Lunatic asylums in Bengal annual reports 1899-1911 - 1899-1911
Year: 1899
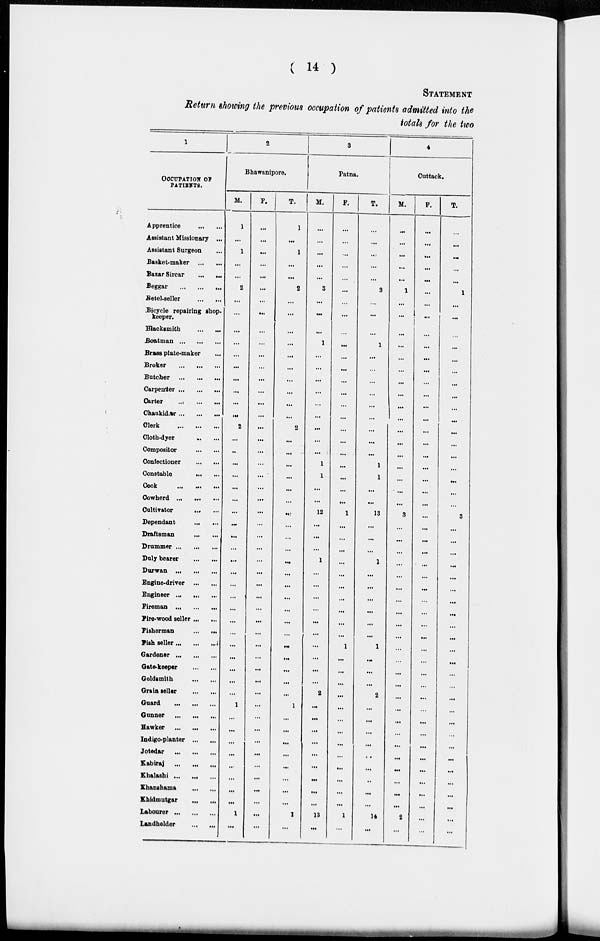
( 14 )
STATEMENT
Return showing the previous occupation of patients admitted into the
totals for the two
1
OCCUPATION OF
PATIENTS.
Apprentice ... ...
Assistant Missionary ...
Assistant Surgeon ...
Basket-maker ... ...
Basar Sircar ... ...
Beggar
...
...
...
Betel-seller
...
...
Bicycle repairing shop.
keeper.
Blacksmith ... ...
Boatman
...
...
Brass plate-maker ...
Broker ... ... ...
Batcher
...
...
...
Carpenter ...
...
...
Carter
...
...
...
Chaukidar ... ... ...
Clerk
...
...
...
Cloth-dyer
...
...
Compositor
...
...
Confectioner
...
...
Constable
...
...
Cook
...
...
...
Cowherd ... ... ...
Cultivator ... ...
Dependant
...
...
Draftsman
...
...
Drummer ... ... ...
Duly bearer ... ...
Durwan
...
...
Engine-driver ... ...
Engineer ... ...
Fireman ...
...
...
Fire-wood seller ... ...
Fisherman
...
...
Fish seller ... ... ...
Gardener ... ... ...
Gate-keeper
...
...
Goldsmith
...
...
Grain seller
...
...
Guard
...
...
...
Gunner ... ... ...
Hawker
...
...
...
Indigo-planter ... ... ...
Jotedar
...
...
...
Kabiraj
...
...
...
Khalashi ... ... ...
Khanshama ... ...
Khidmutgar ... ...
Labourer ... ... ...
Landholder
... ...
2
Bhawanipore.
M.
1
...
1
...
...
2
...
...
...
...
...
...
...
...
...
...
2
...
...
...
...
...
...
...
...
...
...
...
...
...
...
...
...
...
...
...
...
...
...
1
...
...
...
...
...
...
...
...
1
...
F.
...
...
...
...
...
...
...
...
...
...
...
...
...
...
...
...
...
...
...
...
...
...
...
...
...
...
...
...
...
...
...
...
...
...
...
...
...
...
...
...
...
...
...
...
...
...
...
...
...
...
T.
1
...
1
...
...
2
...
...
...
...
...
...
...
...
...
...
2
...
...
...
...
...
...
...
...
...
...
...
...
...
...
...
...
...
...
...
...
...
...
1
...
...
...
...
...
...
...
...
1
...
3
Patna.
M.
...
...
...
...
...
3
...
...
...
1
...
...
...
...
...
...
...
...
...
1
1
...
...
12
...
...
...
1
...
...
...
...
...
...
...
...
...
...
2
...
...
...
...
...
...
...
...
...
13
...
F.
...
...
...
...
...
...
...
...
...
...
...
...
...
...
...
...
...
...
...
...
...
...
...
1
...
...
...
...
...
...
...
...
...
...
1
...
...
...
...
...
...
...
...
...
...
...
...
...
1
...
T.
...
...
...
...
...
3
...
...
...
1
...
...
...
...
...
...
...
...
...
1
1
...
...
13
...
...
...
1
...
...
...
...
...
...
1
...
...
...
2
...
...
...
...
...
...
...
...
...
14
...
4
Cuttack.
M.
...
...
...
...
...
1
...
...
...
...
...
...
...
...
...
...
...
...
...
...
...
...
...
3
...
...
...
...
...
...
...
...
...
...
...
...
...
...
...
...
...
...
...
...
...
...
...
...
2
...
F.
...
...
...
...
...
...
...
...
...
...
...
...
...
...
...
...
...
...
...
...
...
...
...
...
...
...
...
...
...
...
...
...
...
...
...
...
...
...
...
...
...
...
...
...
...
...
...
...
...
...
T.
...
...
...
...
...
1
...
...
...
...
...
...
...
...
...
...
...
...
...
...
...
...
...
3
...
...
...
...
...
...
...
...
...
...
...
...
...
...
...
...
...
...
...
...
...
...
...
...
2
...